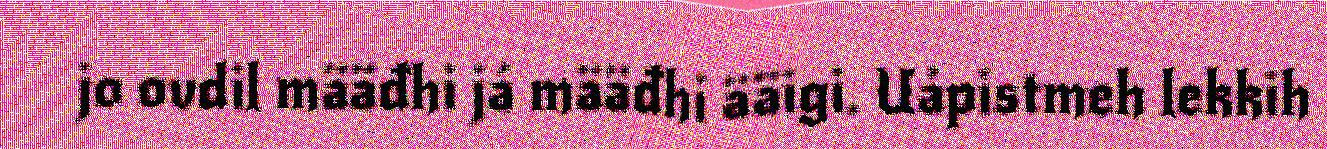
jo ovdil määđhi já määđhi ääigi. Uápistmeh lekkih